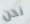
نحن